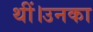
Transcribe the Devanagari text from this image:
थीं।उनका